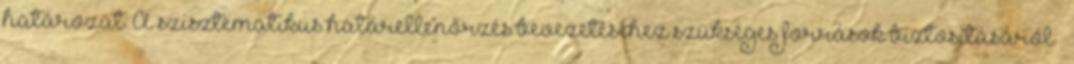
határozat: A szisztematikus határellenőrzés bevezetéséhez szükséges források biztosításáról –